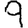
Digit: 9